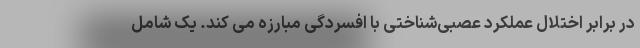
در برابر اختلال عملکرد عصبی‌شناختی با افسردگی مبارزه می کند. یک شامل